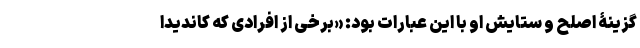
گزینۀ اصلح و ستایش او با این عبارات بود: «برخی از افرادی که کاندیدا